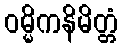
ဝမ္မိကနိမိတ္တံ